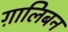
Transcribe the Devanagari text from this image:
ग़ालिबन